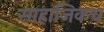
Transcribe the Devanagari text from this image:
साहाजिकच